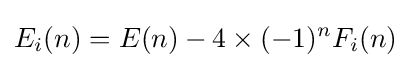
E_{i}(n)=E(n)-4\times (-1)^{n}F_{i}(n)